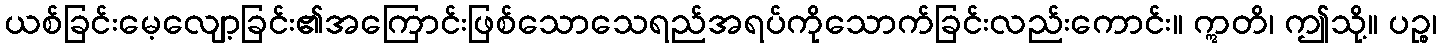
ယစ်ခြင်းမေ့လျော့ခြင်း၏အကြောင်းဖြစ်သောသေရည်အရပ်ကိုသောက်ခြင်းလည်းကောင်း။ ဣတိ၊ ဤသို့။ ပဉ္စ၊